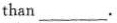
than_________.